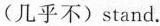
(几乎不)stand.